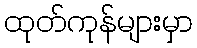
ထုတ်ကုန်များမှာ